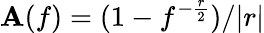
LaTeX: \mathbf{A}(f)=(1-f^{-\frac{{r}}{{2}}})/|r|